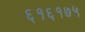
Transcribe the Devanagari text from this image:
६१६१७५